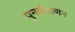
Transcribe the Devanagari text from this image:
पुनर्प्रमाणन